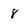
Character: 8